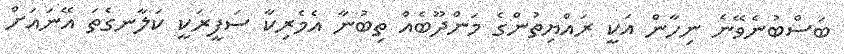
ބަސްބުނެވޭނެ ނިހާން އަކީ ރައްޔިތުންގެ މަންދޫބެއް ތިބުނާ އެމެރިކާ ސަފީރަކީ ކަލާނގެތަ އޭނައަށް